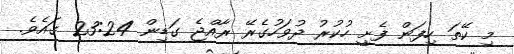
މި ކޭތަ ހިފަން ފެށީ ހުކުރު ދުވަހުގެރޭ ރާއްޖެ ގަޑިން 23:24 ގައެވެ.